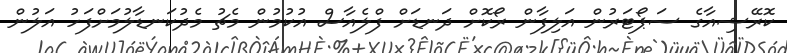
ކޮރޭޝިއާގެ ސަޕޯޓަރުން އަލިފާން ރޯކޮށް ދަނޑަށް ފްލެއާސް އުކުމުން މެޗު މެދުކަނޑާލުމަށްފަހު އަލުން